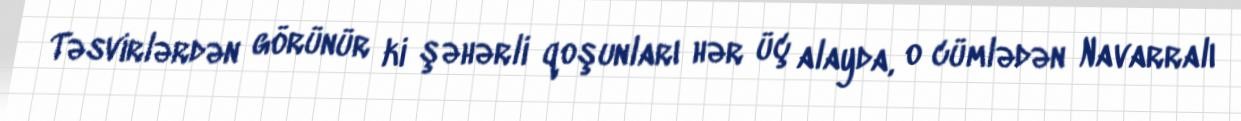
Təsvirlərdən görünür ki şəhərli qoşunları hər üç alayda, o cümlədən Navarralı